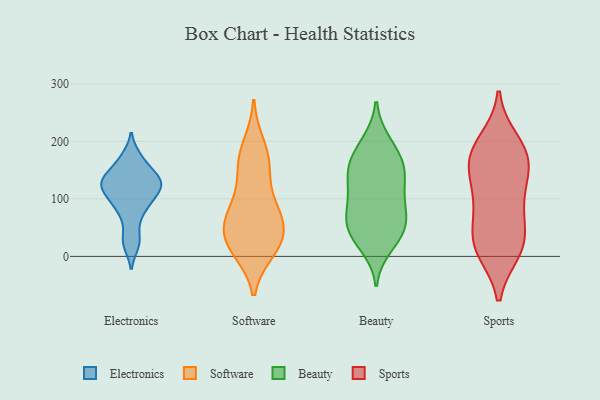
{"axis": {"x": "Temperature (°C)", "y": "Value"}, "legend": ["Beauty", "Electronics", "Software", "Sports"], "data": [{"x": "", "y": 136, "type": "Electronics"}, {"x": "", "y": 110, "type": "Electronics"}, {"x": "", "y": 128, "type": "Electronics"}, {"x": "", "y": 21, "type": "Electronics"}, {"x": "", "y": 133, "type": "Electronics"}, {"x": "", "y": 88, "type": "Electronics"}, {"x": "", "y": 66, "type": "Electronics"}, {"x": "", "y": 172, "type": "Electronics"}, {"x": "", "y": 91, "type": "Electronics"}, {"x": "", "y": 141, "type": "Electronics"}, {"x": "", "y": 166, "type": "Electronics"}, {"x": "", "y": 107, "type": "Electronics"}, {"x": "", "y": 28, "type": "Electronics"}, {"x": "", "y": 123, "type": "Electronics"}, {"x": "", "y": 128, "type": "Electronics"}, {"x": "", "y": 70, "type": "Software"}, {"x": "", "y": 72, "type": "Software"}, {"x": "", "y": 144, "type": "Software"}, {"x": "", "y": 15, "type": "Software"}, {"x": "", "y": 20, "type": "Software"}, {"x": "", "y": 101, "type": "Software"}, {"x": "", "y": 64, "type": "Software"}, {"x": "", "y": 11, "type": "Software"}, {"x": "", "y": 167, "type": "Software"}, {"x": "", "y": 64, "type": "Software"}, {"x": "", "y": 31, "type": "Software"}, {"x": "", "y": 194, "type": "Software"}, {"x": "", "y": 30, "type": "Software"}, {"x": "", "y": 166, "type": "Software"}, {"x": "", "y": 166, "type": "Beauty"}, {"x": "", "y": 103, "type": "Beauty"}, {"x": "", "y": 66, "type": "Beauty"}, {"x": "", "y": 155, "type": "Beauty"}, {"x": "", "y": 83, "type": "Beauty"}, {"x": "", "y": 26, "type": "Beauty"}, {"x": "", "y": 142, "type": "Beauty"}, {"x": "", "y": 95, "type": "Beauty"}, {"x": "", "y": 55, "type": "Beauty"}, {"x": "", "y": 50, "type": "Beauty"}, {"x": "", "y": 49, "type": "Beauty"}, {"x": "", "y": 109, "type": "Beauty"}, {"x": "", "y": 200, "type": "Beauty"}, {"x": "", "y": 17, "type": "Beauty"}, {"x": "", "y": 136, "type": "Beauty"}, {"x": "", "y": 151, "type": "Beauty"}, {"x": "", "y": 165, "type": "Beauty"}, {"x": "", "y": 45, "type": "Beauty"}, {"x": "", "y": 197, "type": "Beauty"}, {"x": "", "y": 154, "type": "Sports"}, {"x": "", "y": 46, "type": "Sports"}, {"x": "", "y": 185, "type": "Sports"}, {"x": "", "y": 20, "type": "Sports"}, {"x": "", "y": 88, "type": "Sports"}, {"x": "", "y": 199, "type": "Sports"}, {"x": "", "y": 162, "type": "Sports"}, {"x": "", "y": 166, "type": "Sports"}, {"x": "", "y": 11, "type": "Sports"}, {"x": "", "y": 110, "type": "Sports"}, {"x": "", "y": 173, "type": "Sports"}, {"x": "", "y": 97, "type": "Sports"}, {"x": "", "y": 20, "type": "Sports"}, {"x": "", "y": 19, "type": "Sports"}]}